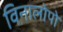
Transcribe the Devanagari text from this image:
विनालोपो